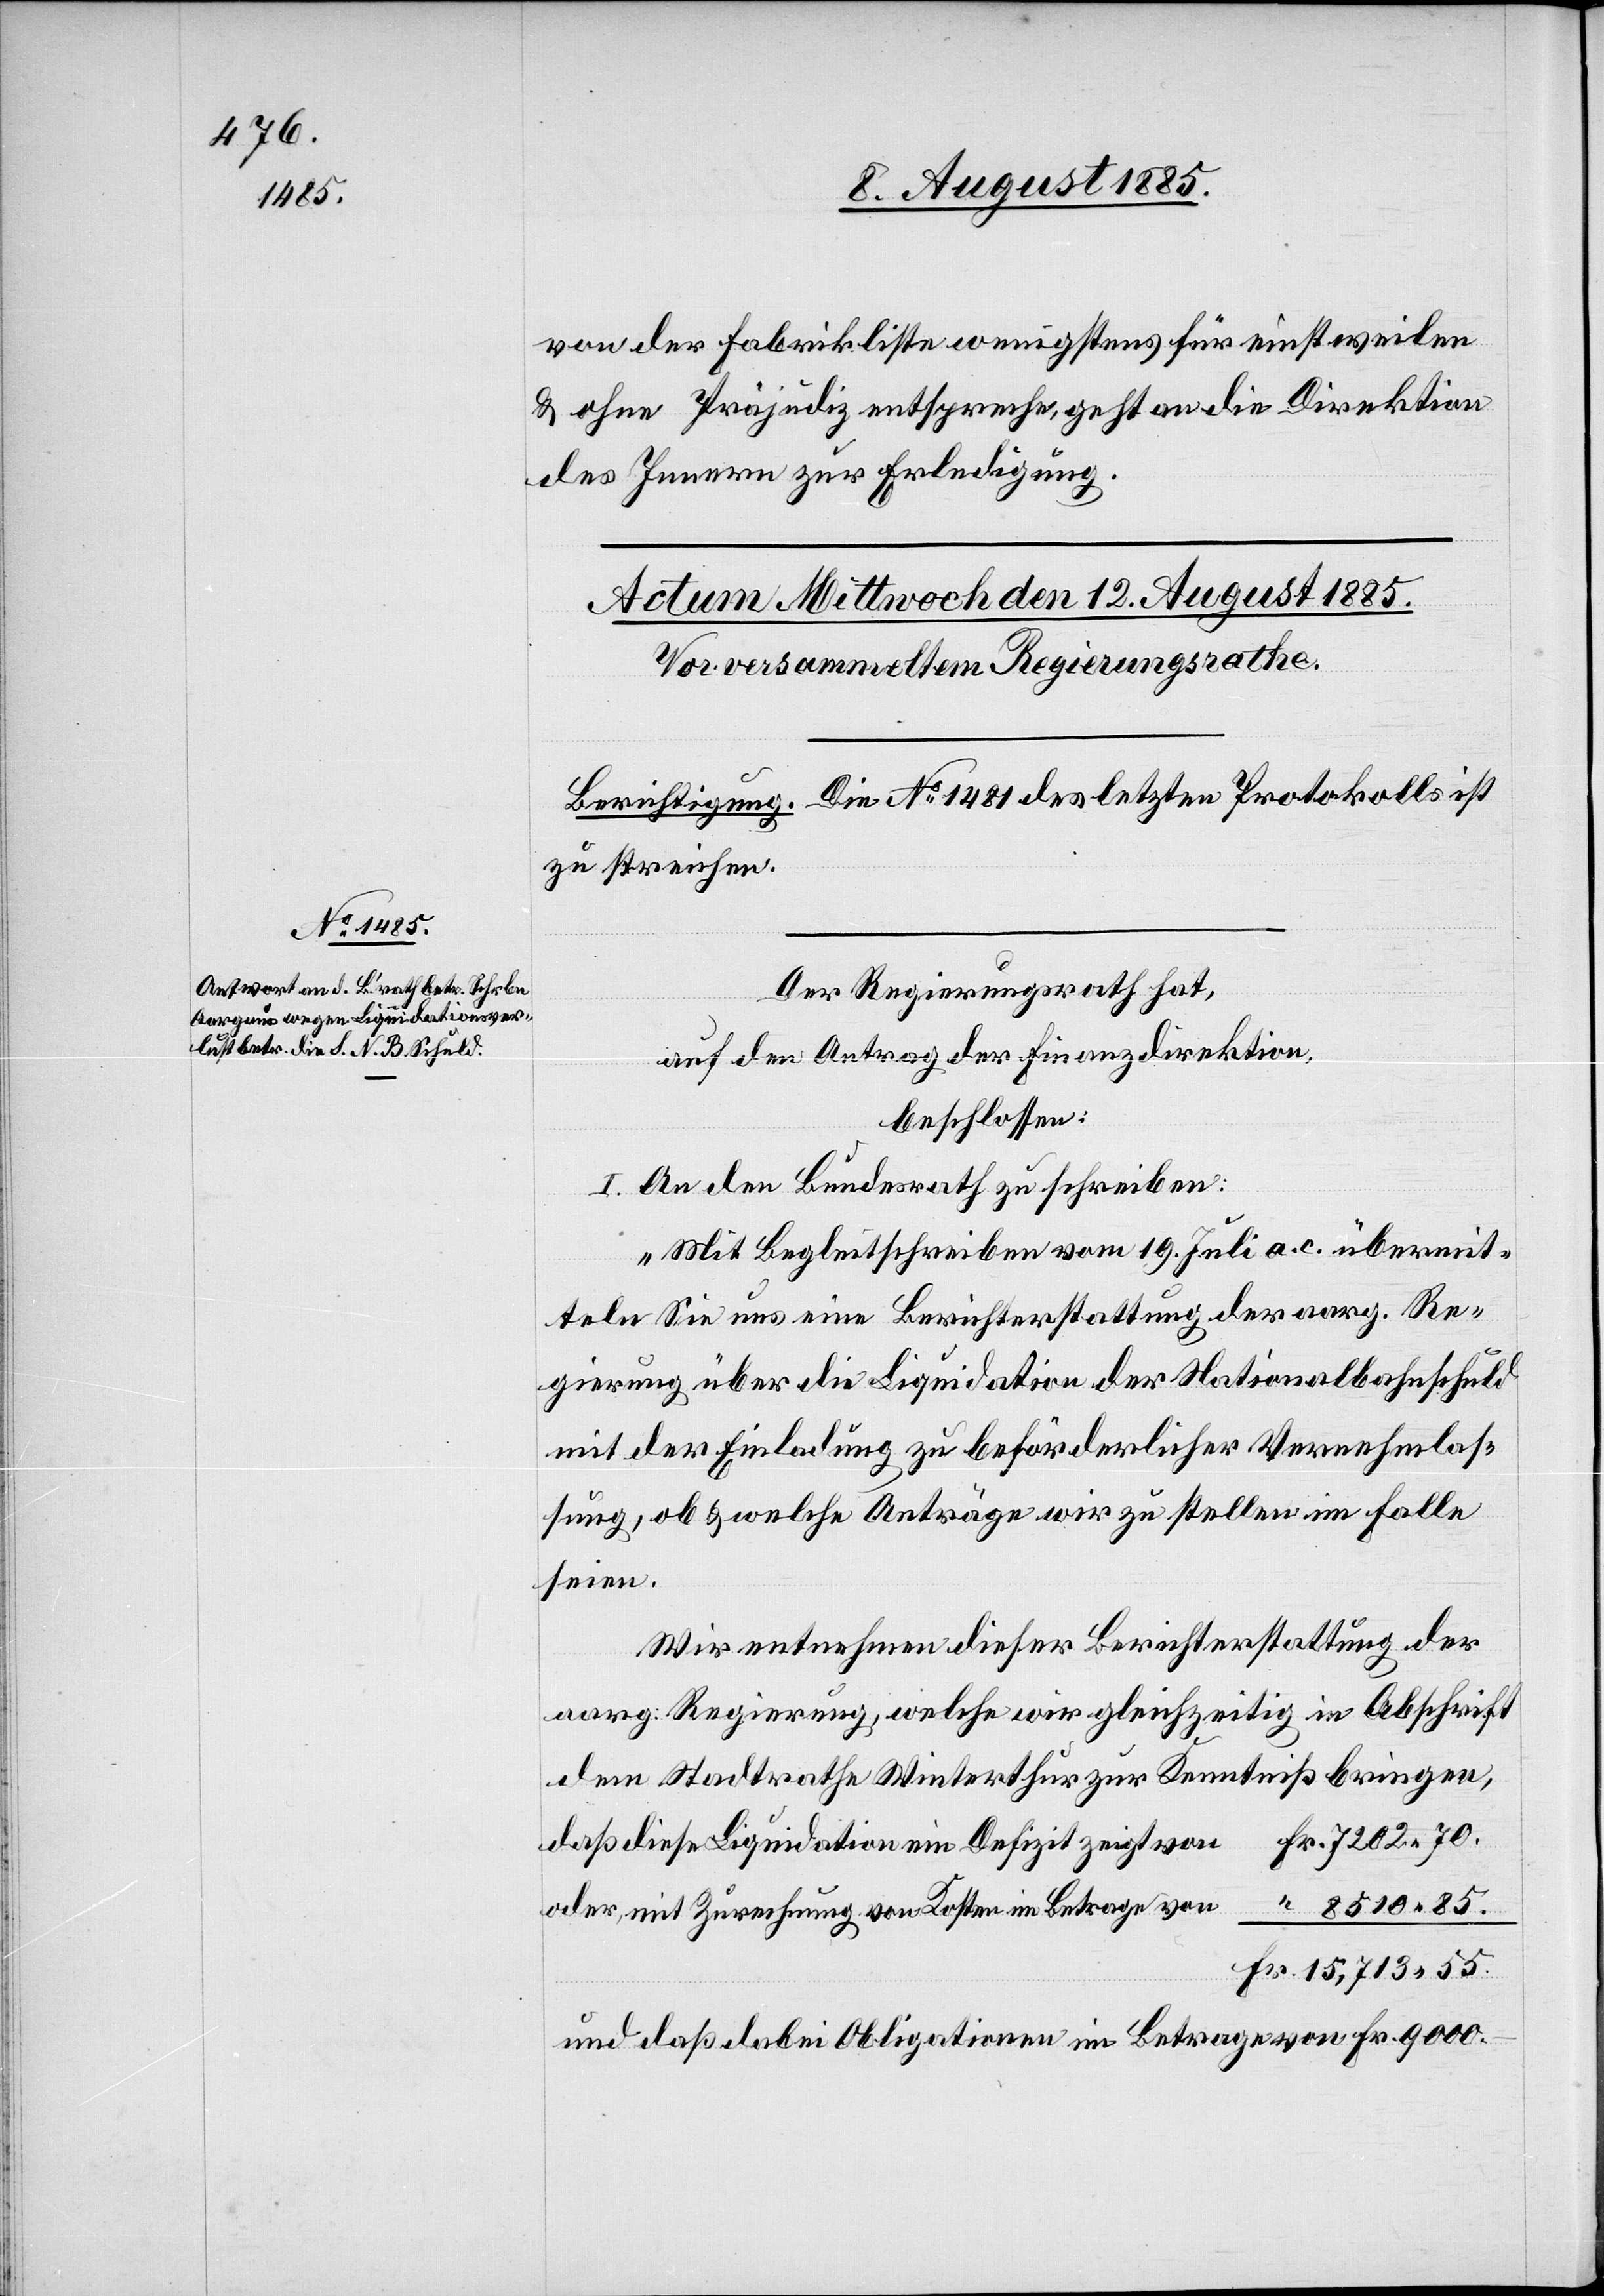
von der Fabrikliste wenigstens für einstweilen
& ohne Präjudiz entspreche, geht an die Direktion
des Innern zur Erledigung.
Der Regierungsrath hat,
auf den Antrag der Finanzdirektion,
beschlossen:
I. An den Bundesrath zu schreiben:
„Mit Begleitschreiben vom 19. Juli a. c. übermit¬
teln Sie uns eine Berichterstattung der aarg. Re¬
gierung über die Liquidation der Nationalbahnschuld
mit der Einladung zu beförderlicher Vernehmlas¬
sung, ob & welche Anträge wir zu stellen im Falle
seien.
Wir entnehmen dieser Berichterstattung der
aarg. Regierung, welche wir gleichzeitig in Abschrift
dem Stadtrathe Winterthur zu Kenntniß bringen,
daß diese Liquidation ein Defizit von
8510 85.
oder mit Zurechnung von Kosten im Betrage von
15,713 55.
und daß dabei Obligationen im Betrage von Fr. 9000.–